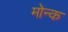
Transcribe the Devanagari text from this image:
मोन्क